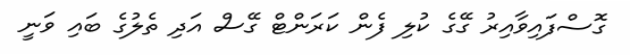
ގޮސްފައިވާއިރު ގޭގެ ކުލި ފެން ކަރަންޓް ގޭސް އަދި ތެލުގެ ބައި ވަނީ